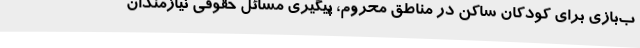
ب‌بازی برای کودکان ساکن در مناطق محروم، پیگیری مسائل حقوقی نیازمندان